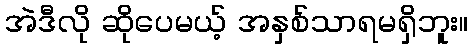
အဲဒီလို ဆိုပေမယ့် အနှစ်သာရမရှိဘူး။